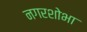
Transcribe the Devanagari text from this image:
नगरशोभा